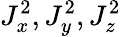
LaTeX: J_{x}^{2},J_{y}^{2},J_{z}^{2}